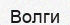
Волги